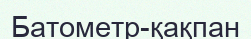
Батометр-қақпан